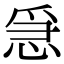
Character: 𢚩